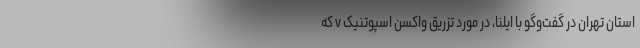
استان تهران در گفت‌وگو با ایلنا، در مورد تزریق واکسن اسپوتنیک v که